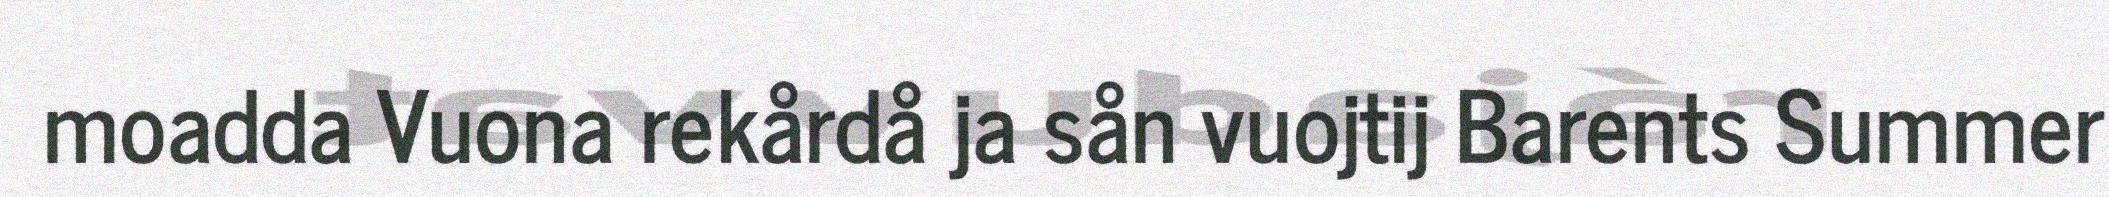
moadda Vuona rekårdå ja sån vuojtij Barents Summer